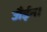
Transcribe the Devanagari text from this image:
जैईन।